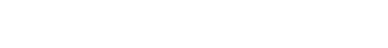
ဘယ်သူမှ ထိခိုက်ဒဏ်ရာမရဖို့မျှော်လင့်ကြစို့။